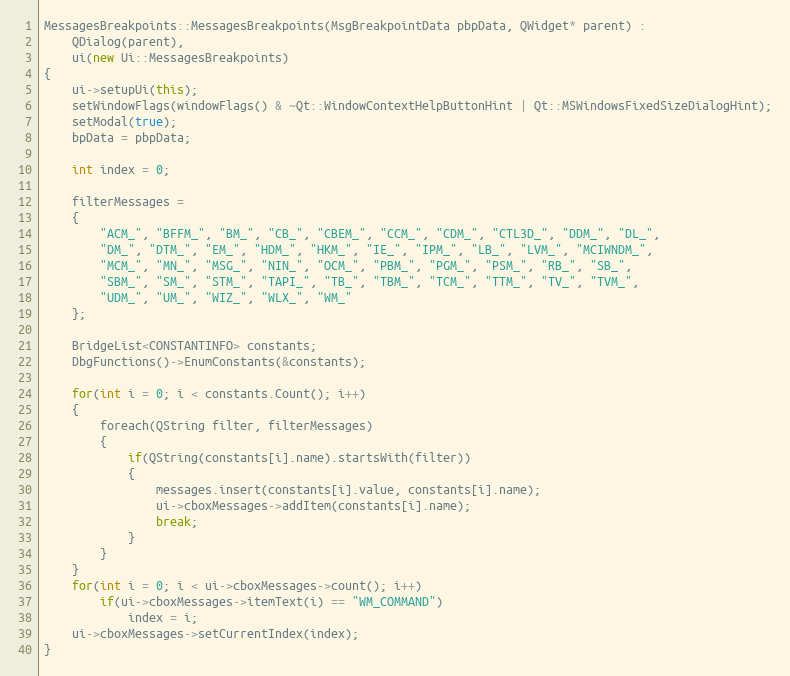
Language: C++
MessagesBreakpoints::MessagesBreakpoints(MsgBreakpointData pbpData, QWidget* parent) :
    QDialog(parent),
    ui(new Ui::MessagesBreakpoints)
{
    ui->setupUi(this);
    setWindowFlags(windowFlags() & ~Qt::WindowContextHelpButtonHint | Qt::MSWindowsFixedSizeDialogHint);
    setModal(true);
    bpData = pbpData;

    int index = 0;

    filterMessages =
    {
        "ACM_", "BFFM_", "BM_", "CB_", "CBEM_", "CCM_", "CDM_", "CTL3D_", "DDM_", "DL_",
        "DM_", "DTM_", "EM_", "HDM_", "HKM_", "IE_", "IPM_", "LB_", "LVM_", "MCIWNDM_",
        "MCM_", "MN_", "MSG_", "NIN_", "OCM_", "PBM_", "PGM_", "PSM_", "RB_", "SB_",
        "SBM_", "SM_", "STM_", "TAPI_", "TB_", "TBM_", "TCM_", "TTM_", "TV_", "TVM_",
        "UDM_", "UM_", "WIZ_", "WLX_", "WM_"
    };

    BridgeList<CONSTANTINFO> constants;
    DbgFunctions()->EnumConstants(&constants);

    for(int i = 0; i < constants.Count(); i++)
    {
        foreach(QString filter, filterMessages)
        {
            if(QString(constants[i].name).startsWith(filter))
            {
                messages.insert(constants[i].value, constants[i].name);
                ui->cboxMessages->addItem(constants[i].name);
                break;
            }
        }
    }
    for(int i = 0; i < ui->cboxMessages->count(); i++)
        if(ui->cboxMessages->itemText(i) == "WM_COMMAND")
            index = i;
    ui->cboxMessages->setCurrentIndex(index);
}